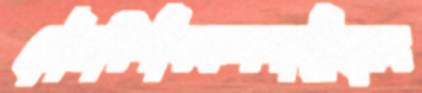
গৌরবিণীবফলগাড়ীখেম